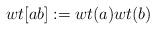
LaTeX: \begin{align*}wt[ab]:=wt(a)wt(b)\end{align*}